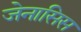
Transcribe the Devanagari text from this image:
जेनासिस